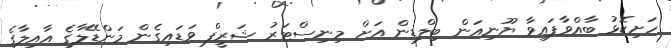
ހަށިކޮޅު ބާއްވާފައިވާ ޔޫނިއަން ބިލްޑިން އަށް މިނިސްޓަރު ޝަރީފް ވަޑައިގެން މަންޑޭލާގެ އާއިލާގެ